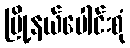
မြို့နယ်ပေါင်းစုံ